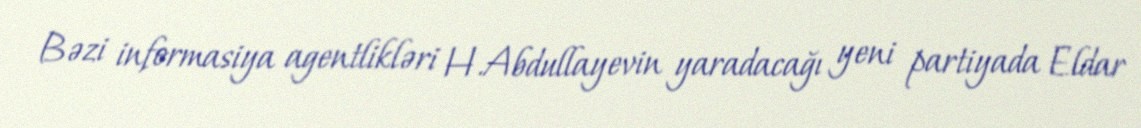
Bəzi informasiya agentlikləri H.Abdullayevin yaradacağı yeni partiyada Eldar